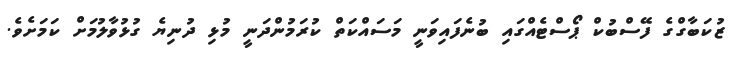
ޒުކަބާގްގެ ފޭސްބުކް ޕޯސްޓެއްގައި ބުނެފައިވަނީ މަސައްކަތް ކުރަމުންދަނީ މުޅި ދުނިޔެ ގުޅުވާލުމަށް ކަމަށެވެ.